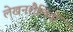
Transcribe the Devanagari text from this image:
लेखनशैलियों